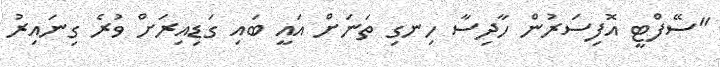
"ސޭފްޓީ އޮފިސަރުން ހާދިސާ ހިނގި ތަނަށް އައީ ބައި ގަޑިއިރަށް ވުރެ ގިނައިރު